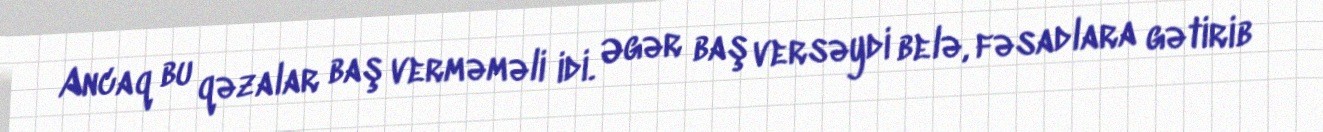
Ancaq bu qəzalar baş verməməli idi. Əgər baş versəydi belə, fəsadlara gətirib